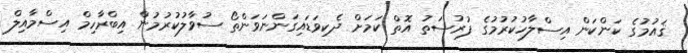
ޤައުމުގެ ކަންކަން އިސްލާހުކުރުމުގެ ފުރުސަތު އޮތް ކަމަށް ދެކިވަޑައިގަންނަވަންތޯ ސުވާލުކުރުމުން އިބްރާހިމް އިސްމާއިލް